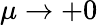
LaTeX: \mu\to+0